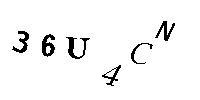
36U4CN